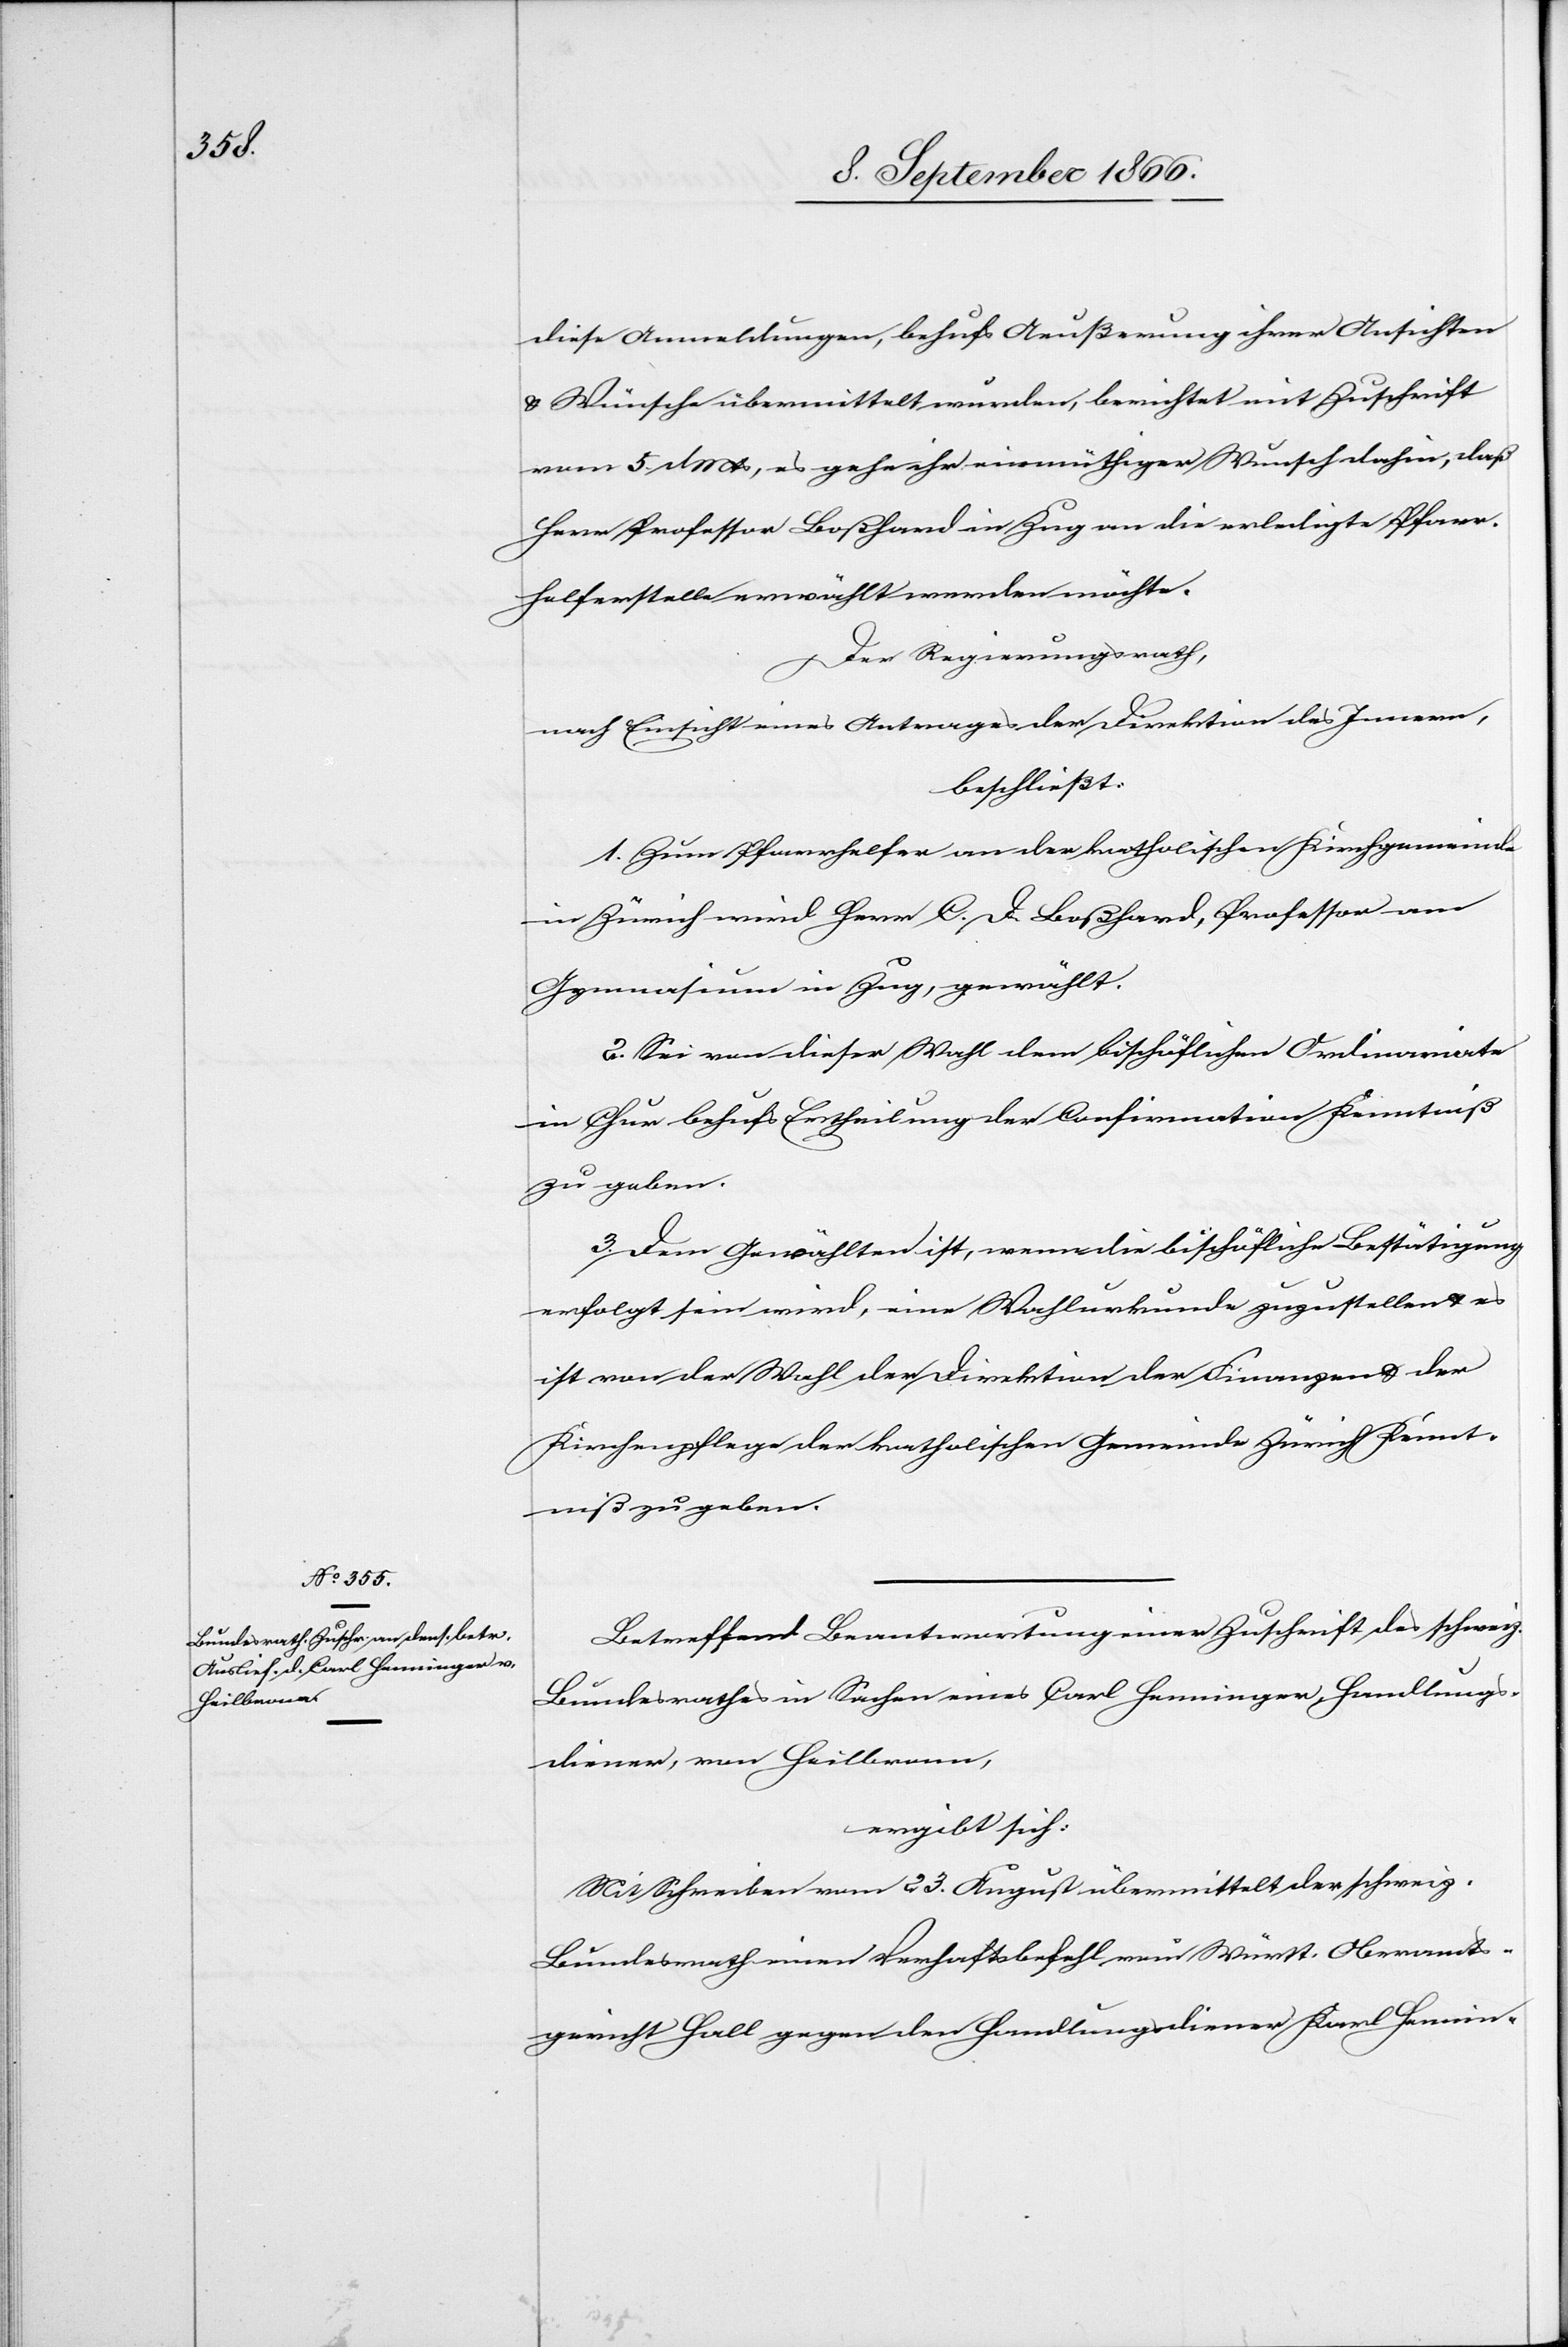
diese Anmeldungen, behufs Aeußerung ihrer Ansichten
u. Wünsche übermittelt wurden, berichtet mit Zuschrift
vom 5. dMts, es gehe ihr einmüthiger Wunsch dahin, daß
Herr Professor Boßhard in Zug an die erledigte Pfarr¬
helferstelle erwählt werden möchte.
Der Regierungsrath,
nach Einsicht eines Antrages der Direktion des Innern,
beschließt:
1. Zum Pfarrhelfer an der katholischen Kirchgemeinde
in Zürich wird Herr C. D. Boßhard, Professor am
Gymnasium in Zug, gewählt.
2. Sei von dieser Wahl dem bischöflichen Ordinariate
in Chur behufs Ertheilung der Confirmation Kenntniß
zu geben
3. Dem Gewählten ist, wenn die bischöfliche Bestätigung
erfolgt sein wird, eine Wahlurkunde zuzustellen u. es
ist von der Wahl der Direktion der Finanzen u. der
Kirchenpflege der katholischen Gemeinde Zürich Kennt¬
niß zu geben.
Betreffend Beantwortung einer Zuschrift des schweiz.
Bundesrathes in Sachen eines Carl Henninger, Handlungs¬
diener, von Heilbronn,
ergibt sich:
Mit Schreiben vom 23. August übermittelt der schweiz.
Bundesrath einen Verhaftsbefehl von Württ. Oberamts¬
gericht Hall gegen den Handlungsdiener Karl Hennin-